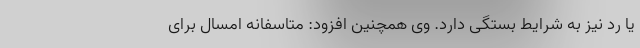
یا رد نیز به شرایط بستگی دارد. وی همچنین افزود: متاسفانه امسال برای